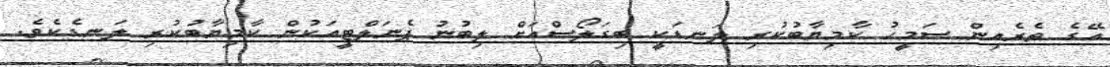
އޭގެ ތެރެއިން ސަމީހު ކާމިޔާބުކުރި ލަނޑަކީ ބިގަލޯސްއަށް ލިބުނު ޕެނަލްޓީއަކުން ކާމިޔާބުކުރި ލަނޑެކެވެ.